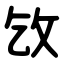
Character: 㩿